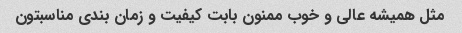
مثل همیشه عالی و خوب ممنون بابت کیفیت و زمان بندی مناسبتون